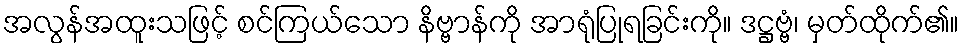
အလွန်အထူးသဖြင့် စင်ကြယ်သော နိဗ္ဗာန်ကို အာရုံပြုရခြင်းကို။ ဒဋ္ဌဗ္ဗံ၊ မှတ်ထိုက်၏။